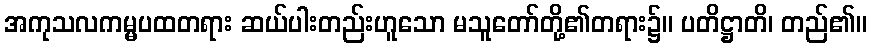
အကုသလကမ္မပထတရား ဆယ်ပါးတည်းဟူသော မသူတော်တို့၏တရား၌။ ပတိဋ္ဌာတိ၊ တည်၏။